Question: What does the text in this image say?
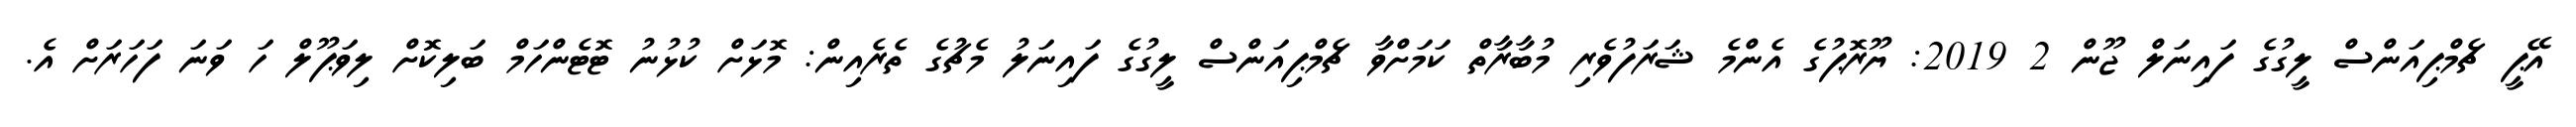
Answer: އޭޕީ ޗެމްޕިއަންސް ލީގުގެ ފައިނަލް ޖޫން 2 2019: ޔޫރޮޕުގެ އެންމެ ޝަރަފުވެރި މުބާރާތް ކަމަށްވާ ޗެމްޕިއަންސް ލީގުގެ ފައިނަލު މެޗުގެ ތެރެއިން: މޮޅަށް ކުޅުނު ޓޮޓެންހަމް ބަލިކޮށް ލިވަޕޫލް ހަ ވަނަ ފަހަރަށް އެ.